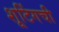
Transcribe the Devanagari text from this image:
शूटिंगची